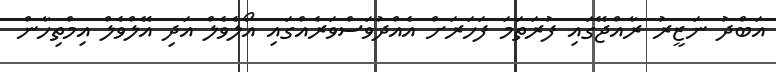
އަބްދު ނަޒީރު ރާއްޖޭގައި ފުރަތަމަ ފަހަރަށް އެއްދުވަސްވަރެއްގައި އޯލެވެލް އަދި އޭލްވެލް އިމްތިހާން